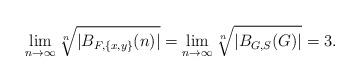
LaTeX: \begin{align*} \lim_{n \to \infty} \sqrt[n]{|B_{F,\{x,y\}}(n)|} = \lim_{n \to \infty} \sqrt[n]{|B_{G,S}(G)|} =3. \end{align*}